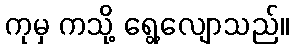
ကုမှ ကသို့ ရွေ့လျောသည်။